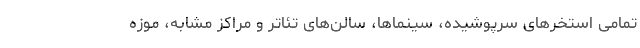
تمامی استخرهای سرپوشیده، سینماها، سالن‌های تئاتر و مراکز مشابه، موزه